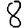
Digit: 8